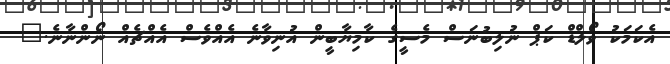
އެކަމަކު ވޯލްޑް ކަޕް ނުލިބުނަސް މެސީގެ ކާމިޔާބީން އުނިވާނެ އެއްވެސް އެއްޗެއް ނޯންނާނެ."